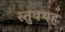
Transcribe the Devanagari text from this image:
स्तुवथह